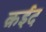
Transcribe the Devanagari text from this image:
क़ईद